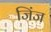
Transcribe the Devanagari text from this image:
जिंज